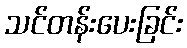
သင်တန်းပေးခြင်း